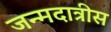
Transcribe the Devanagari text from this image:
जन्मदात्रीस